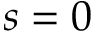
s = 0